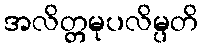
အလိတ္တမုပလိမ္ပတိ